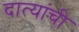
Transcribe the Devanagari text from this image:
दात्यांची